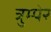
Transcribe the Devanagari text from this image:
त्रुम्पेर